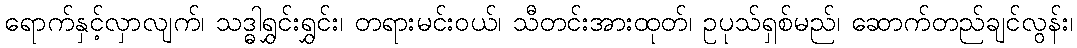
ရောက်နှင့်လှာလျက်၊ သဒ္ဓါရွှင်းရွှင်း၊ တရားမင်းဝယ်၊ သီတင်းအားထုတ်၊ ဥပုသ်ရှစ်မည်၊ ဆောက်တည်ချင်လွန်း၊